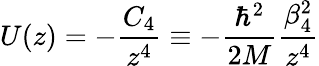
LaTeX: U(z)=-\frac{C_{4}}{z^{4}}\equiv-\frac{\hbar^{2}}{2M}\frac{\beta_{4}^{2}}{z^{4}}